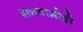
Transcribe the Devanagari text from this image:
हालचालीही